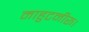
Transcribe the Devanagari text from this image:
माहुटनीरू।